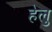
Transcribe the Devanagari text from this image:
हेलु